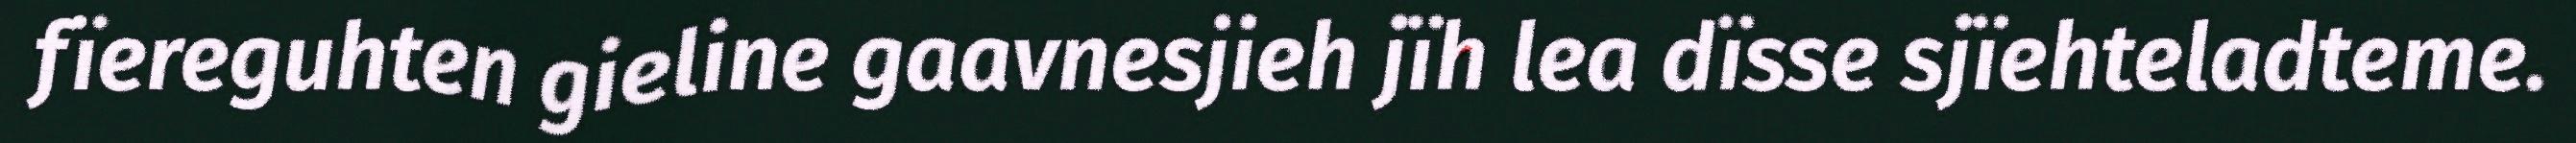
fïereguhten gieline gaavnesjieh jïh lea dïsse sjïehteladteme.